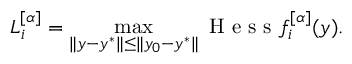
L _ { i } ^ { [ \alpha ] } = \operatorname* { m a x } _ { \| y - y ^ { * } \| \leq \| y _ { 0 } - y ^ { * } \| } \mathrm { ~ H ~ e ~ s ~ s ~ } f _ { i } ^ { [ \alpha ] } ( y ) .